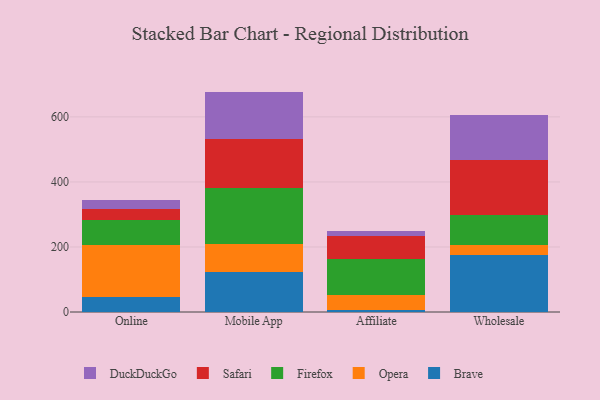
{"axis": {"x": "Channel", "y": "Satisfaction Score"}, "legend": ["Brave", "DuckDuckGo", "Firefox", "Opera", "Safari"], "data": [{"x": "Online", "y": 46.2, "type": "Brave"}, {"x": "Online", "y": 161.2, "type": "Opera"}, {"x": "Online", "y": 75.9, "type": "Firefox"}, {"x": "Online", "y": 34.8, "type": "Safari"}, {"x": "Online", "y": 26.4, "type": "DuckDuckGo"}, {"x": "Mobile App", "y": 122.7, "type": "Brave"}, {"x": "Mobile App", "y": 85.5, "type": "Opera"}, {"x": "Mobile App", "y": 171.8, "type": "Firefox"}, {"x": "Mobile App", "y": 153.5, "type": "Safari"}, {"x": "Mobile App", "y": 144.3, "type": "DuckDuckGo"}, {"x": "Affiliate", "y": 5.9, "type": "Brave"}, {"x": "Affiliate", "y": 47.3, "type": "Opera"}, {"x": "Affiliate", "y": 109.3, "type": "Firefox"}, {"x": "Affiliate", "y": 71.9, "type": "Safari"}, {"x": "Affiliate", "y": 13.8, "type": "DuckDuckGo"}, {"x": "Wholesale", "y": 175.7, "type": "Brave"}, {"x": "Wholesale", "y": 31.4, "type": "Opera"}, {"x": "Wholesale", "y": 91.8, "type": "Firefox"}, {"x": "Wholesale", "y": 167.3, "type": "Safari"}, {"x": "Wholesale", "y": 140.1, "type": "DuckDuckGo"}]}